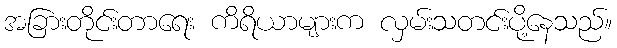
အခြားတိုင်းတာရေး ကိရိယာများက လှမ်းသတင်းပို့နေသည်။